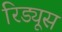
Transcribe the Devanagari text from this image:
रिड्यूस